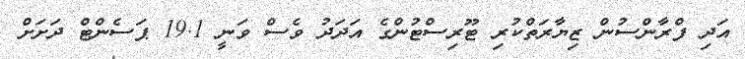
އަދި ފްރާންސުން ޒިޔާރަތްކުރި ޓޫރިސްޓުންގެ އަދަދު ވެސް ވަނީ 19.1 ޕަސެންޓް ދަށަށް